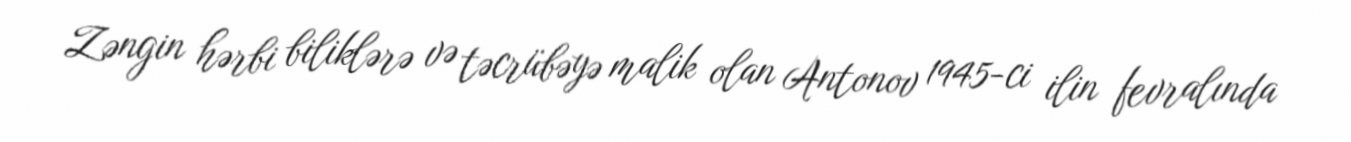
Zəngin hərbi biliklərə və təcrübəyə malik olan Antonov 1945-ci ilin fevralında